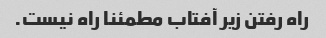
راه رفتن زیر آفتاب مطمئنا راه نیست.